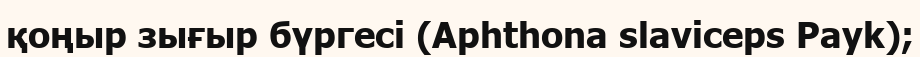
қоңыр зығыр бүргесі (Aphthona slavіceps Payk);